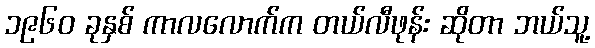
၁၉၆၀ ခုနှစ် ကာလလောက်က တယ်လီဖုန်း ဆိုတာ ဘယ်သူ့